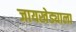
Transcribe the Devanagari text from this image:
जायखेड्याला